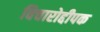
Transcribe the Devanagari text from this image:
विचारोद्दीपक